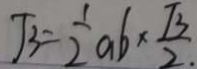
\sqrt { 3 } = \frac { 1 } { 2 } a b \times \frac { \sqrt { 3 } } { 2 } .